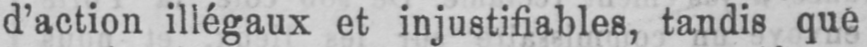
d’action illégaux et injustifiables, tandis que